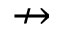
\nrightarrow